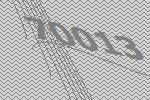
70013